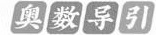
奥数导引